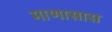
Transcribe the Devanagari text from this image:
माणासास